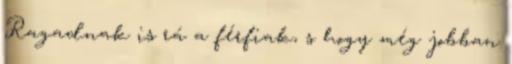
Ragadnak is rá a férfiak, s hogy még jobban